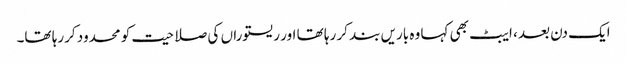
ایک دن بعد ، ایبٹ بھی کہا وہ باریں بند کر رہا تھا اور ریستوراں کی صلاحیت کو محدود کررہا تھا۔